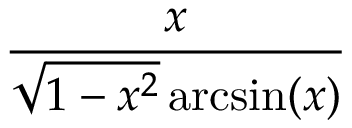
\frac { x } { { \sqrt { 1 - x ^ { 2 } } } \arcsin ( x ) }